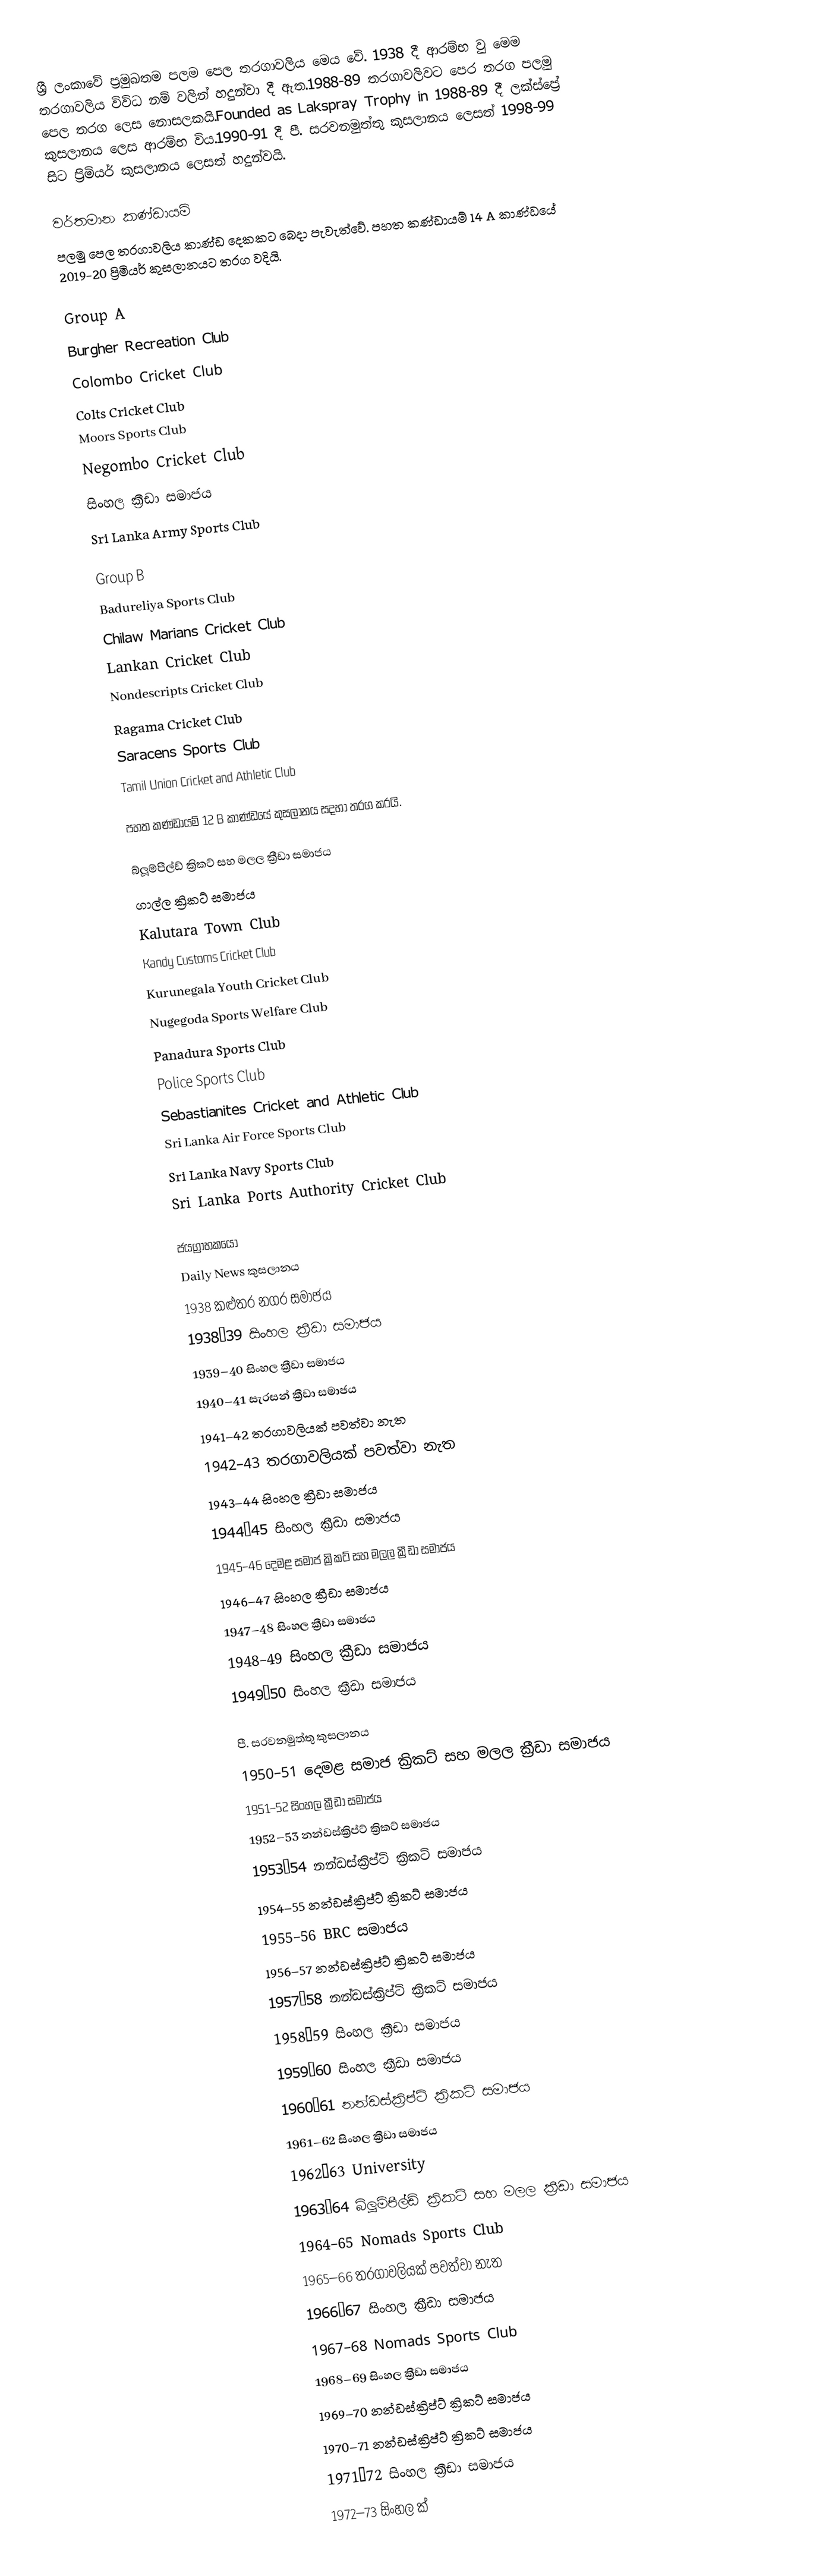
ශ්‍රී ලංකාවේ ප්‍රමුඛතම පලම පෙල තරගාවලිය මෙය වේ. 1938 දී ආරම්භ වු මෙම තරගාවලිය විවිධ නම් වලින් හදුන්වා දී ඇත.1988-89 තරගාවලිව⁣ට පෙර තරග පලමු පෙල තරග ලෙස නොසලකයි.Founded as Lakspray Trophy in 1988-89 දී ලක්ස්ප්‍රේ කුසලානය ලෙස ආරම්භ විය.1990-91 දී පී. සරවනමුත්තු කුසලානය ලෙසත් 1998-99 සිට ප්‍රිමියර් කුසලානය ලෙසත් හදුන්වයි.

වර්තමාන කණ්ඩායම්
පලමු පෙල තරගාවලිය කාණ්ඩ දෙකකට බෙදා පැවැත්වේ. පහත කණ්ඩායම් 14 A කාණ්ඩයේ 2019-20 ප්‍රිමියර් කුසලානයට තරග වදියි.

Group A
 Burgher Recreation Club
 Colombo Cricket Club
 Colts Cricket Club
 Moors Sports Club
 Negombo Cricket Club
 සිංහල ක්‍රීඩා සමාජය
 Sri Lanka Army Sports Club

Group B
 Badureliya Sports Club
 Chilaw Marians Cricket Club
 Lankan Cricket Club
 Nondescripts Cricket Club
 Ragama Cricket Club
 Saracens Sports Club
 Tamil Union Cricket and Athletic Club

පහත කණ්ඩායම් 12 B කාණ්ඩයේ කුසලානය සදහා තරග කරයි.

 බ්ලූම්පීල්ඩ් ක්‍රිකට් සහ මලල ක්‍රීඩා සමාජය
 ගාල්ල ක්‍රිකට් සමාජය
 Kalutara Town Club
 Kandy Customs Cricket Club
 Kurunegala Youth Cricket Club
 Nugegoda Sports Welfare Club
 Panadura Sports Club
 Police Sports Club
 Sebastianites Cricket and Athletic Club
 Sri Lanka Air Force Sports Club
 Sri Lanka Navy Sports Club
 Sri Lanka Ports Authority Cricket Club

ජයග්‍රාහකයෝ
Daily News කුසලානය
1938 කළුතර නගර සමාජය
1938–39 සිංහල ක්‍රීඩා සමාජය
1939–40 සිංහල ක්‍රීඩා සමාජය
1940–41 සැරසන් ක්‍රීඩා සමාජය
1941–42 තරගාවලියක් පවත්වා නැත
1942–43 තරගාවලියක් පවත්වා නැත
1943–44 සිංහල ක්‍රීඩා සමාජය
1944–45 සිංහල ක්‍රීඩා සමාජය
1945–46 දෙමළ සමාජ ක්‍රිකට් සහ මලල ක්‍රීඩා සමාජය
1946–47 සිංහල ක්‍රීඩා සමාජය
1947–48 සිංහල ක්‍රීඩා සමාජය
1948–49 සිංහල ක්‍රීඩා සමාජය
1949–50 සිංහල ක්‍රීඩා සමාජය

පී. සරවනමුත්තු කුසලානය
1950–51 දෙමළ සමාජ ක්‍රිකට් සහ මලල ක්‍රීඩා සමාජය
1951–52 සිංහල ක්‍රීඩා සමාජය
1952–53 නන්ඩස්ක්‍රිප්ට් ක්‍රිකට් සමාජය
1953–54 නන්ඩස්ක්‍රිප්ට් ක්‍රිකට් සමාජය
1954–55 නන්ඩස්ක්‍රිප්ට් ක්‍රිකට් සමාජය
1955–56 BRC සමාජය
1956–57 නන්ඩස්ක්‍රිප්ට් ක්‍රිකට් සමාජය
1957–58 නන්ඩස්ක්‍රිප්ට් ක්‍රිකට් සමාජය
1958–59 සිංහල ක්‍රීඩා සමාජය
1959–60 සිංහල ක්‍රීඩා සමාජය
1960–61 නන්ඩස්ක්‍රිප්ට් ක්‍රිකට් සමාජය
1961–62 සිංහල ක්‍රීඩා සමාජය
1962–63 University
1963–64 බ්ලූම්පීල්ඩ් ක්‍රිකට් සහ මලල ක්‍රීඩා සමාජය
1964–65 Nomads Sports Club
1965–66 තරගාවලියක් පවත්වා නැත
1966–67 සිංහල ක්‍රීඩා සමාජය
1967–68 Nomads Sports Club
1968–69 සිංහල ක්‍රීඩා සමාජය
1969–70 නන්ඩස්ක්‍රිප්ට් ක්‍රිකට් සමාජය
1970–71 නන්ඩස්ක්‍රිප්ට් ක්‍රිකට් සමාජය
1971–72 සිංහල ක්‍රීඩා සමාජය
1972–73 සිංහල ක්